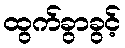
ထွက်ခွာခွင့်